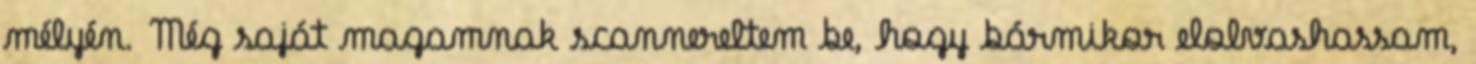
mélyén. Még saját magamnak scannereltem be, hogy bármikor elolvashassam,